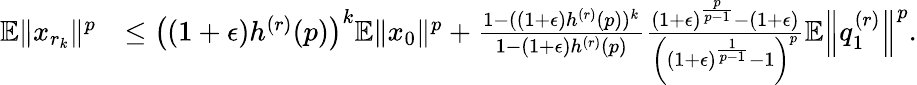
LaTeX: \begin{array}{rl}{\mathbb{E}\Vert x_{r_{k}}\Vert^{p}}&{\leq\left((1+\epsilon)h^{(r)}(p)\right)^{k}\mathbb{E}\Vert x_{0}\Vert^{p}+\frac{1-((1+\epsilon)h^{(r)}(p))^{k}}{1-(1+\epsilon)h^{(r)}(p)}\frac{(1+\epsilon)^{\frac{p}{p-1}}-(1+\epsilon)}{\left((1+\epsilon)^{\frac{1}{p-1}}-1\right)^{p}}\mathbb{E}\left\Vert q_{1}^{(r)}\right\Vert^{p}.}\end{array}